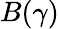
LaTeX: B(\gamma)